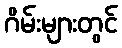
ဂိမ်းများတွင်